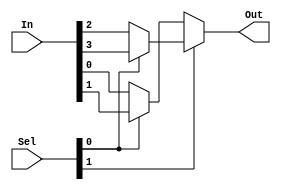
module mux_4to1 (Out, In, Sel);
output Out;
input [3:0]In;
input [1:0]Sel;

assign Out = Sel[1] ? (Sel[0] ? In[3] : In[2]) : (Sel[0] ? In[1] : In[0]);

endmodule